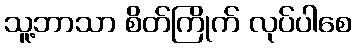
သူ့ဘာသာ စိတ်ကြိုက် လုပ်ပါစေ